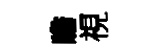
瞻視